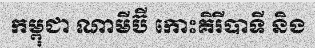
កម្ពុជា ណាមីប៊ី កោះគិរីបាទី និង